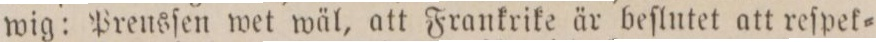
wig: Preusſen wet wäl, att Frankrike är beſlutet att reſpek=